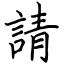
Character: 請